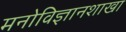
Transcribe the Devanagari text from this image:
मनोविज्ञानशाखा